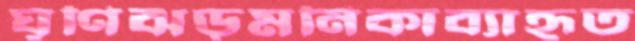
ঘূণিঝড়মনিকাব্যাহৃত